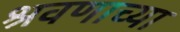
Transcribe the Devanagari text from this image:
श्रवणाच्या